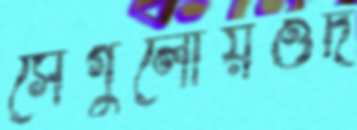
সেগুলোয়ওদ